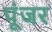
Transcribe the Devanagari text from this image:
पूंजर